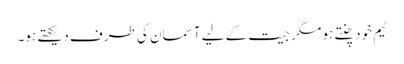
ٹیم خود چنتے ہو مگر جیت کے لیے آسمان کی طرف دیکھتے ہو۔